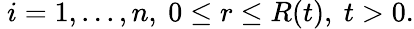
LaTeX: \ i=1,...,n,\ 0\leq r\leq R(t),\ t>0.